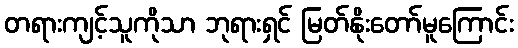
တရားကျင့်သူကိုသာ ဘုရားရှင် မြတ်နိုးတော်မူကြောင်း